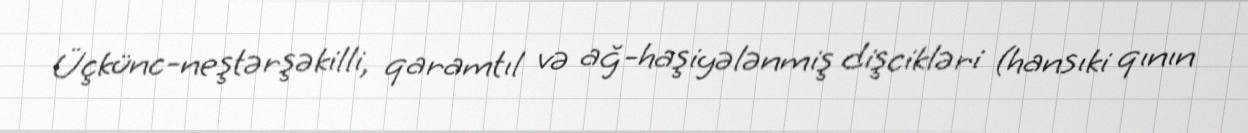
Üçkünc-neştərşəkilli, qaramtıl və ağ-haşiyələnmiş dişcikləri (hansıki qının